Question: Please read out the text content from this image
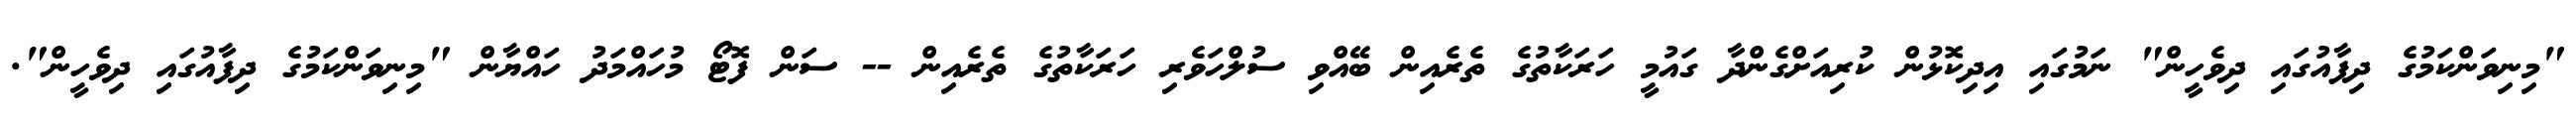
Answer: "މިނިވަންކަމުގެ ދިފާއުގައި ދިވެހީން" ނަމުގައި އިދިކޮޅުން ކުރިއަށްގެންދާ ގައުމީ ހަރަކާތުގެ ތެރެއިން ބޭއްވި ސުލްހަވެރި ހަރަކާތުގެ ތެރެއިން -- ސަން ފޮޓޯ މުހައްމަދު ހައްޔާން "މިނިވަންކަމުގެ ދިފާއުގައި ދިވެހީން".